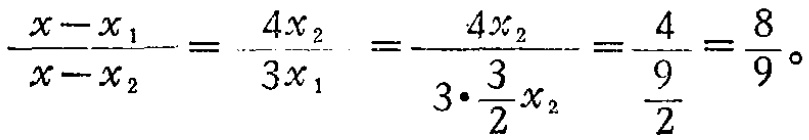
\(\frac{x - x_{1}}{x - x_{2}}=\frac{4x_{2}}{3x_{1}}=\frac{4x_{2}}{3\cdot\frac{3}{2}x_{2}}=\frac{4}{\frac{9}{2}}=\frac{8}{9}\)